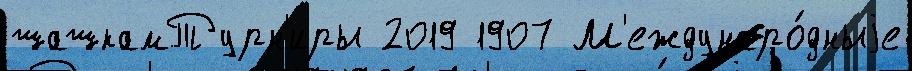
шашкамТурн'иры 2019 1907 М'еждунаро́дныjе